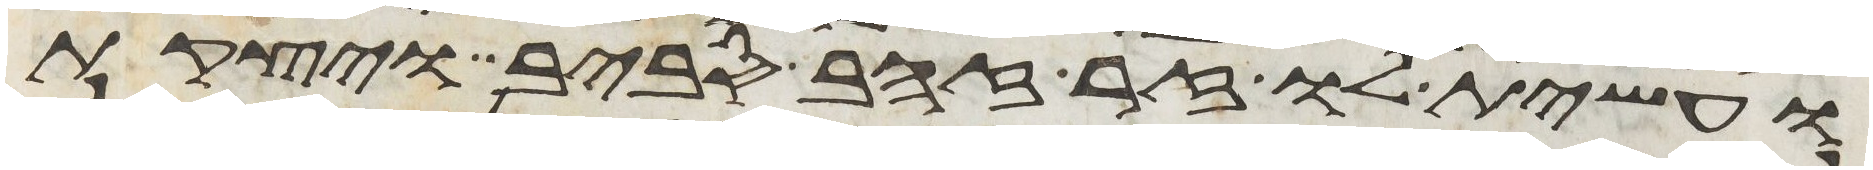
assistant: ועשית לו זר זהב סביב ויצקת